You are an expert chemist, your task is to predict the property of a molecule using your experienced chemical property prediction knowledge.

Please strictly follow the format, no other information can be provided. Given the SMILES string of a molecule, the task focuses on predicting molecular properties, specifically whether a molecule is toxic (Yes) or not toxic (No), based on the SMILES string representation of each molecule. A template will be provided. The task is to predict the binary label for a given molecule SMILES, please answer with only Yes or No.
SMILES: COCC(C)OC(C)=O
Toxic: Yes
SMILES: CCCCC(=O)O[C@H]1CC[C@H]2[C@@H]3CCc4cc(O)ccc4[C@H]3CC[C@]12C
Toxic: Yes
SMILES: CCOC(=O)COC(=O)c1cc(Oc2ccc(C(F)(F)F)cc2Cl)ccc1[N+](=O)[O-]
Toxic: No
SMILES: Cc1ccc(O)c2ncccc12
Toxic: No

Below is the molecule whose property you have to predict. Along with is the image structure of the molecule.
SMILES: Cc1nccn1CC1CCc2c(c3ccccc3n2C)C1=O
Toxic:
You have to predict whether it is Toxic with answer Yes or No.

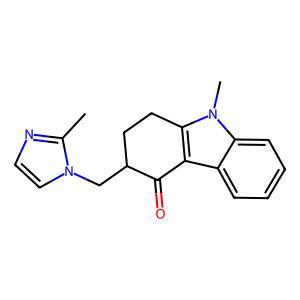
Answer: No